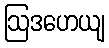
ဩဒဟေယျ